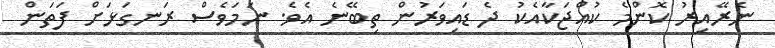
ނެރޭއިރު ކޮންމެ ކުއްޖަކާއެކު ދެ ޑައިވަރުން ތިބޭނެ އެވެ. ނަމަވެސް ރަނގަޅަށް ފަތަން